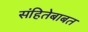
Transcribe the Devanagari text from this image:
संहितेबाबत